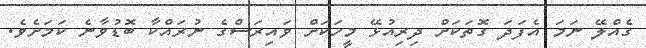
ގެއްލޭ ނަމަ އެފަދަ ގޮތަކަށް ދިރިއުޅޭ މީހަކަށް ވައިރަސްގެ ނުރައްކާ ބޮޑުވާނެ ކަމަށެވެ.